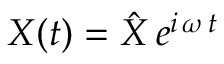
X ( t ) = \hat { X } \, e ^ { i \, \omega \, t }